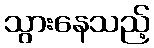
သွားနေသည့်